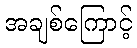
အချစ်ကြောင့်